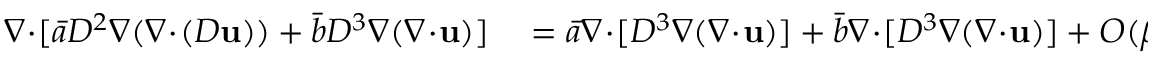
\begin{array} { r l } { \nabla \! \cdot \! [ \bar { a } D ^ { 2 } \nabla ( \nabla \! \cdot \! ( D \mathbf { u } ) ) + \bar { b } D ^ { 3 } \nabla ( \nabla \! \cdot \! \mathbf { u } ) ] } & { { } = \bar { a } \nabla \! \cdot \! [ D ^ { 3 } \nabla ( \nabla \! \cdot \! \mathbf { u } ) ] + \bar { b } \nabla \! \cdot \! [ D ^ { 3 } \nabla ( \nabla \! \cdot \! \mathbf { u } ) ] + O ( \beta ) } \end{array}